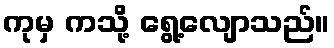
ကုမှ ကသို့ ရွေ့လျောသည်။